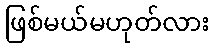
ဖြစ်မယ်မဟုတ်လား